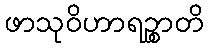
ဖာသုဝိဟာရဉ္စာတိ